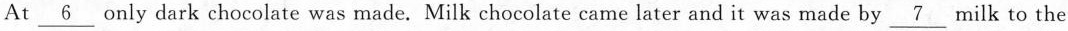
At \underline{6} only dark chocolate was made. Milk chocolate came later and it was made by \underline{7} milk to the